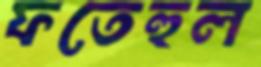
ফতেহুল